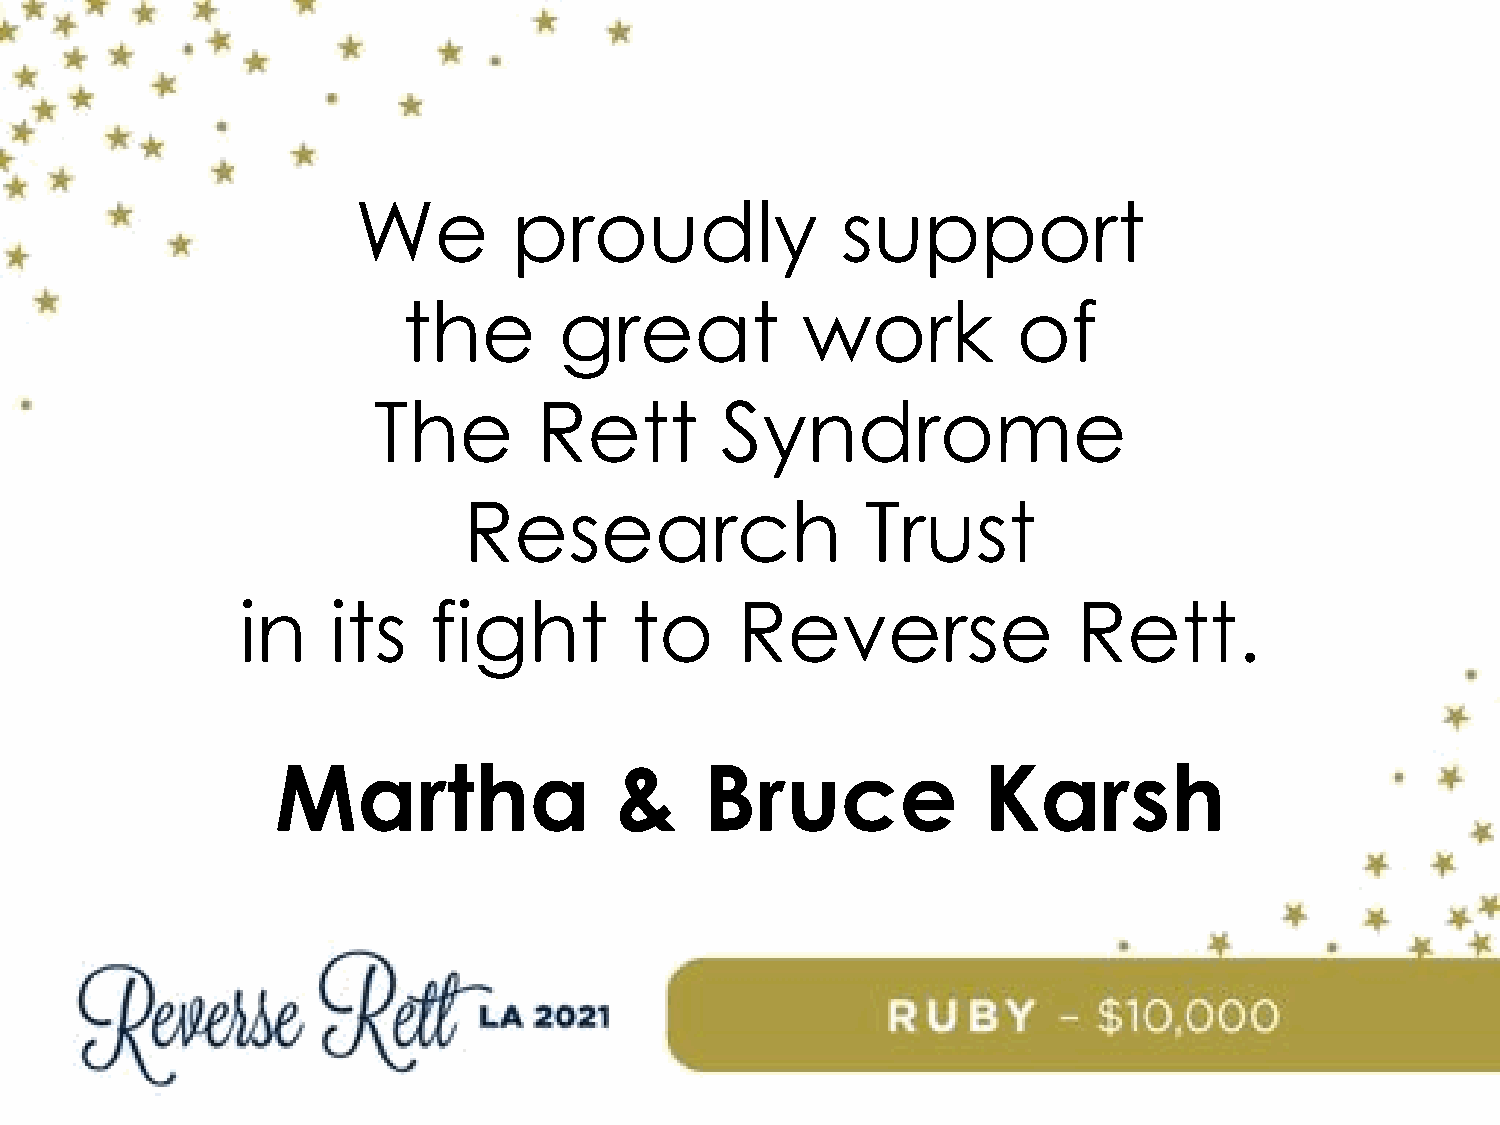
We         proudly               support
 the       great           work          of
 The        Rett        Syndrome
 Research                  Trust
 in    its   fight         to     Reverse               Rett.
 Martha                 &     Bruce             Karsh